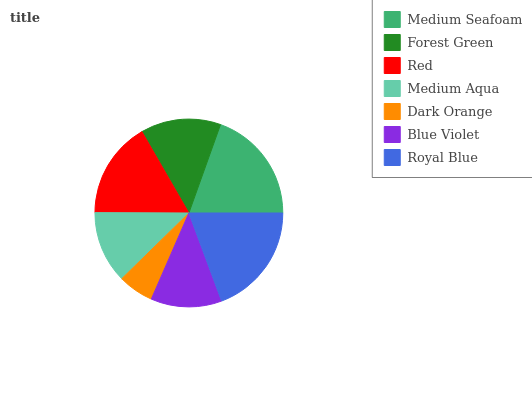
| Medium Seafoam | Forest Green | Red | Medium Aqua | Dark Orange | Blue Violet | Royal Blue |
 | --- | --- | --- | --- | --- | --- | --- |
 | 19.6% | 13.8% | 16.6% | 12.4% | 6.13% | 12.2% | 19.3% |